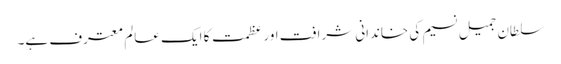
سلطان جمیل نسیم کی خاندانی شرافت اور عظمت کا ایک عالم معترف ہے۔